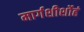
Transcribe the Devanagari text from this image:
मार्गशीर्शोहं